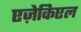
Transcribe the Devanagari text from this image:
एज़ेकिएल